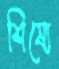
শিষ্যে